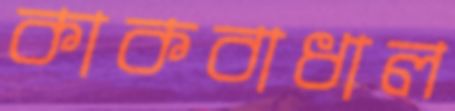
কাকবাধাল